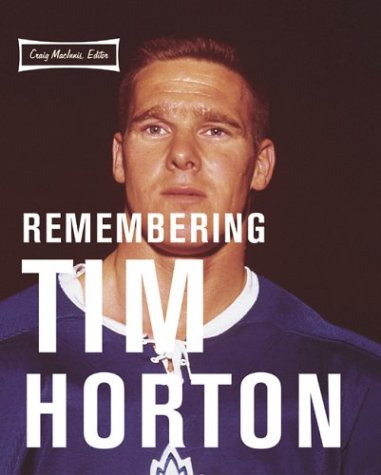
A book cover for Remembering Tim Horton (Peter Goddard Books); Biographies & Memoirs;